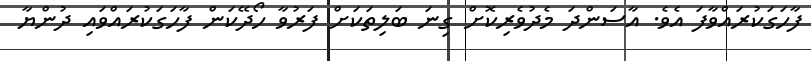
ފާހަގަކުރައްވާފަ އެވެ. އާސަންދަ މެދުވެރިކޮށް ގިނަ ބަލިތަކަށް ފަރުވާ ހޯދޭކަން ފާހަގަކުރައްވައި ދުންޔާ